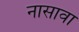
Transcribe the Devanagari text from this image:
नासावा